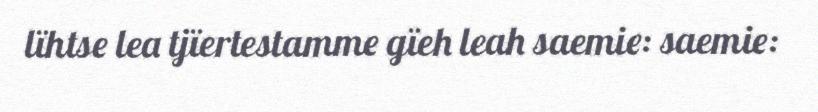
lïhtse lea tjïertestamme gïeh leah saemie: saemie: